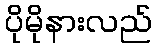
ပိုမိုနားလည်